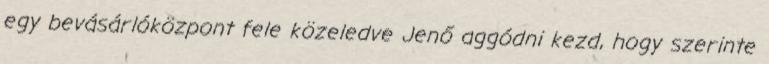
egy bevásárlóközpont fele közeledve Jenő aggódni kezd, hogy szerinte